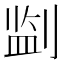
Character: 𪟎